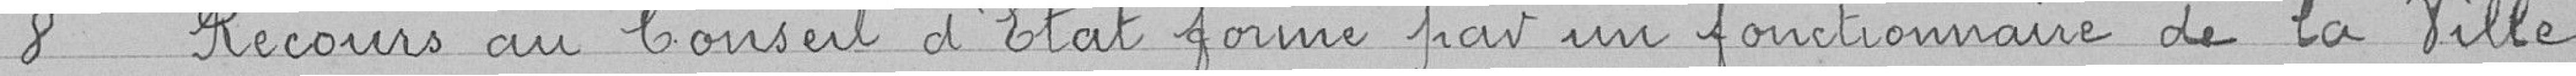
8 Recours au Conseil d'état formé par un fonctionnaire de la Ville